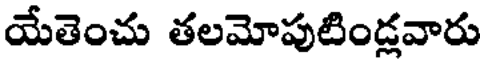
యేతెంచు తలమోపుటిండ్లవారు